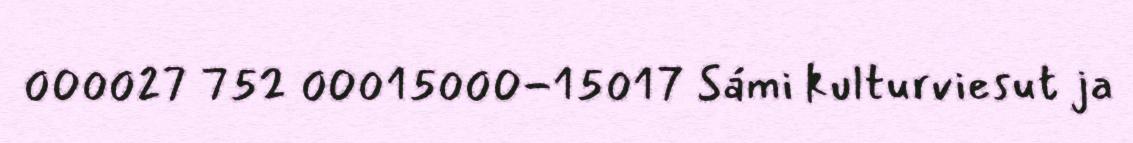
000027 752 00015000-15017 Sámi kulturviesut ja